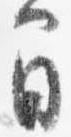
間